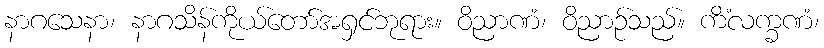
နာဂသေနာ၊ နာဂသိန်ကိုယ်တော်အရှင်ဘုရား။ ဝိညာဏံ၊ ဝိညာဉ်သည်။ ကိံလက္ခဏံ၊